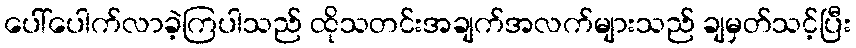
ပေါ်ပေါက်လာခဲ့ကြပါသည် ထိုသတင်းအချက်အလက်များသည် ချမှတ်သင့်ပြီး